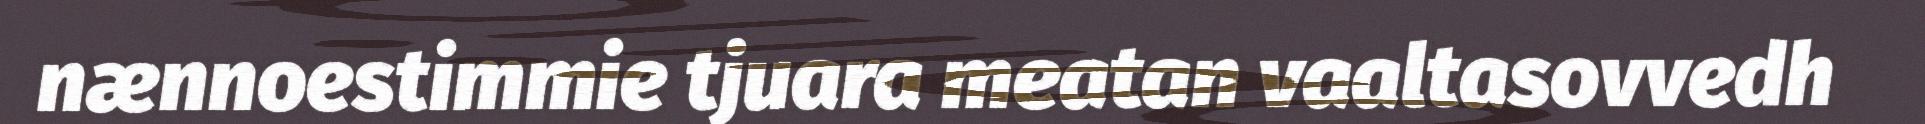
nænnoestimmie tjuara meatan vaaltasovvedh